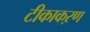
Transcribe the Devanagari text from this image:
टीकाकऱण